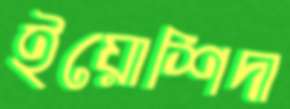
ইয়োশিদা